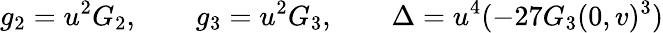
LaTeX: g_{2}=u^{2}G_{2},\qquad g_{3}=u^{2}G_{3},\qquad\Delta=u^{4}(-27G_{3}(0,v)^{3})